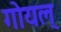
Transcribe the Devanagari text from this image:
गोयल्